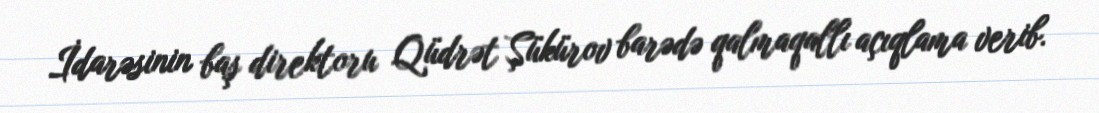
İdarəsinin baş direktoru Qüdrət Şükürov barədə qalmaqallı açıqlama verib.